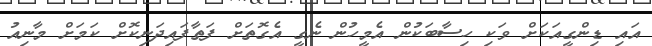
އައި ޑިންގީއަކަށް ވަކި ހިސާބަކުން އެމީހުން ނެގީ އެގޮތަށް ފަތާފައިދަނިކޮށް ކަމަށް މާނިއު